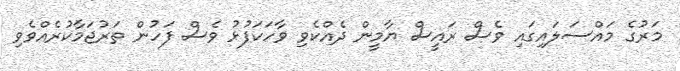
މަރުގެ މައްސަލައިގައި ވެސް ރައީސް ޔާމީން ދެއްކެވި ވާހަކަފުޅު ވެސް ފަހުން ތަރުޖަމާކުރެއްވެވި